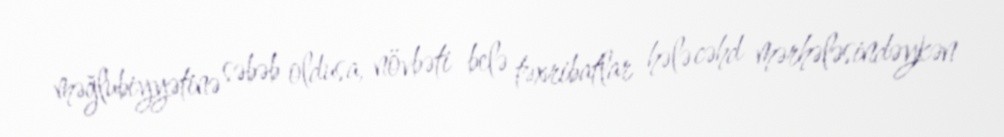
məğlubiyyətinə səbəb oldusa, növbəti belə təxribatlar hələ cəhd mərhələsindəykən